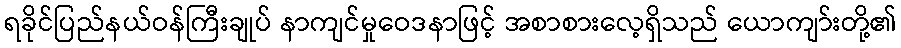
ရခိုင်ပြည်နယ်ဝန်ကြီးချုပ် နာကျင်မှုဝေဒနာဖြင့် အစာစားလေ့ရှိသည် ယောကျာ်းတို့၏